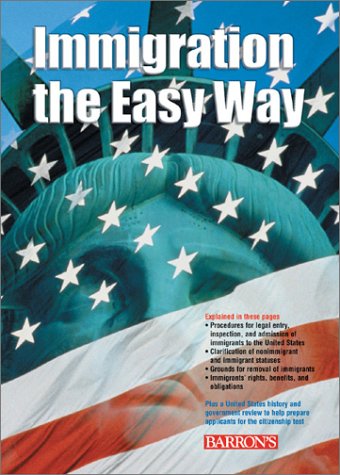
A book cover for Immigration the Easy Way; Susan N. Bugess; Test Preparation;